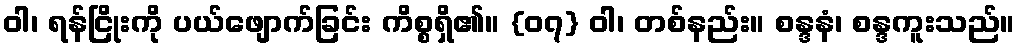
ဝါ၊ ရန်ငြိုးကို ပယ်ဖျောက်ခြင်း ကိစ္စရှိ၏။ {၀၇} ဝါ၊ တစ်နည်း။ စန္ဒနံ၊ စန္ဒကူးသည်။